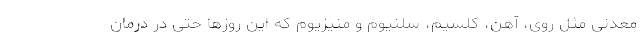
معدنی مثل روی، آهن، کلسیم، سلنیوم و منیزیوم که این روزها حتی در درمان